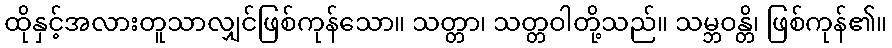
ထိုနှင့်အလားတူသာလျှင်ဖြစ်ကုန်သော။ သတ္တာ၊ သတ္တဝါတို့သည်။ သမ္ဘဝန္တိ၊ ဖြစ်ကုန်၏။